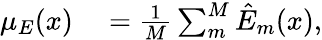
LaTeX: \begin{array}{rl}{\mu_{E}(x)}&{{}=\frac{1}{M}\sum_{m}^{M}\hat{E}_{m}(x),}\end{array}